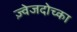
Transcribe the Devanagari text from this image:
ज़्वेजदोच्का